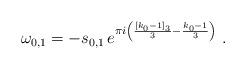
LaTeX: \begin{align*} \omega_{0,1}= - s_{0,1} \, e^{\pi i\left( \frac{[k_0-1]_3}{3} - \frac{k_0-1}{3} \right)} \ .\end{align*}